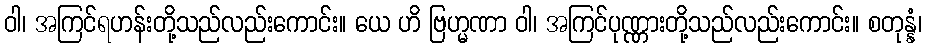
ဝါ၊ အကြင်ရဟန်းတို့သည်လည်းကောင်း။ ယေ ဟိ ဗြဟ္မဏာ ဝါ၊ အကြင်ပုဏ္ဏားတို့သည်လည်းကောင်း။ စတုန္နံ၊